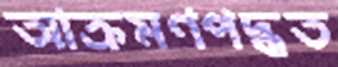
আক্রমণপদ্ধত